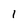
Character: l